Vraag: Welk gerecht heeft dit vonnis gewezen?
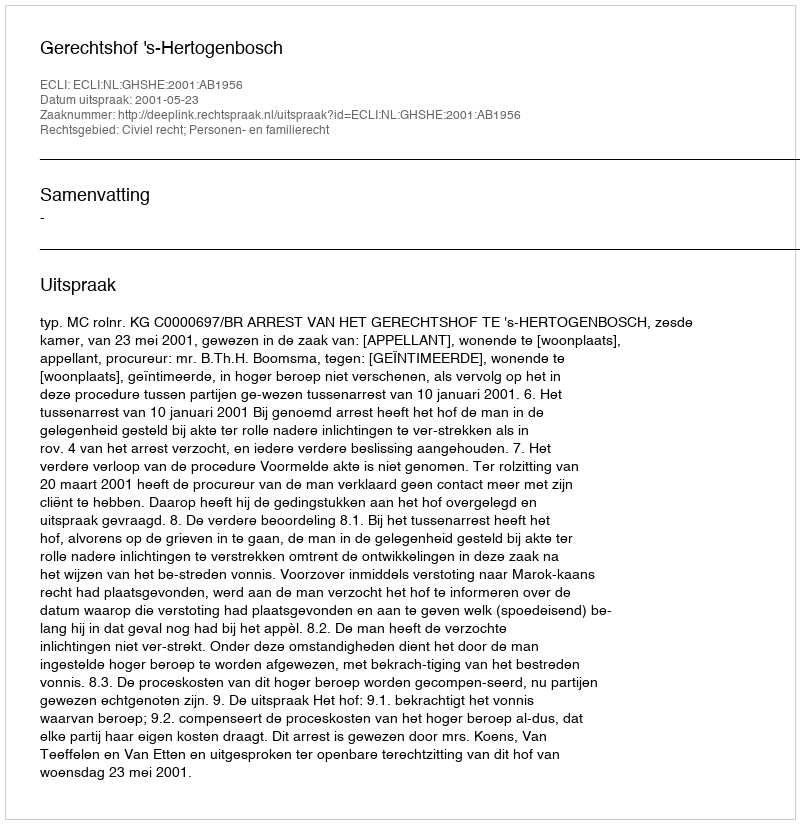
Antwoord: Gerechtshof 's-Hertogenbosch